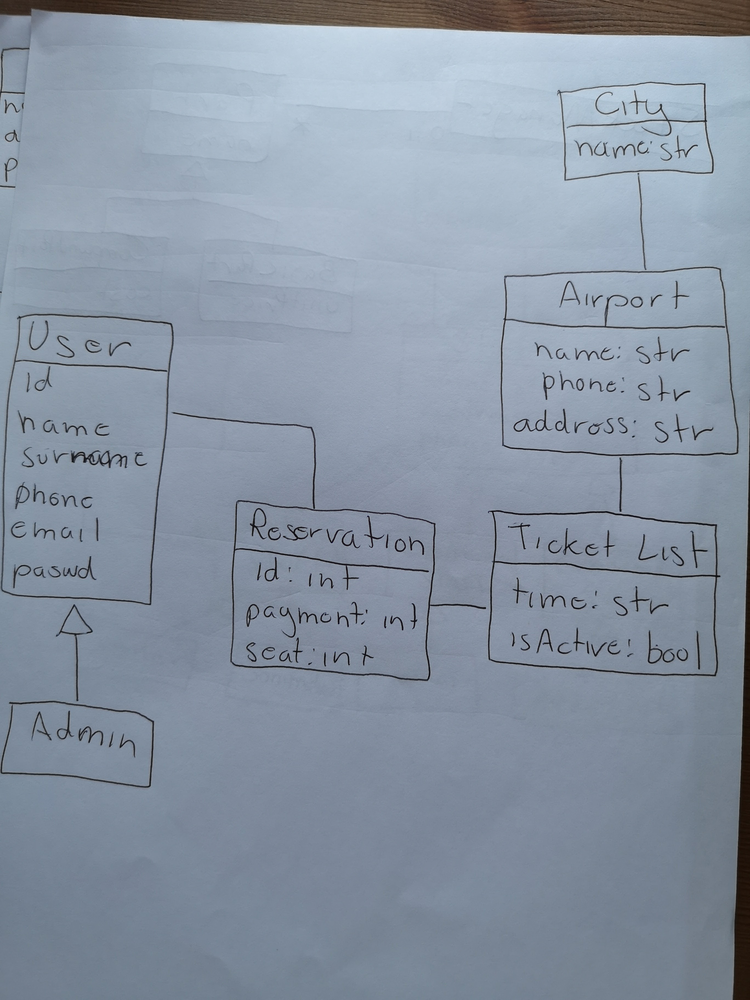
Diagram type: class_diagram
```plantuml
@startuml

class City {
  name: str
}

class Airport {
  name: str
  phone: str
  address: str
}

class TicketList {
  time: str
  isActive: bool
}

class Reservation {
  id: int
  payment: int
  seat: int
}

class User {
  id
  name
  surname
  phone
  email
  passwd
}

class Admin extends User

Airport -up- City
Airport --  TicketList

Reservation -right- TicketList
Reservation -left- User

@enduml
```